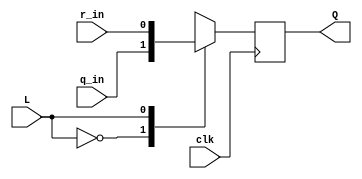
module top_module (
	input clk,
	input L,
	input r_in,
	input q_in,
	output reg Q
);
	always @ (posedge clk)
		case (L)
			1'b0 : Q <= q_in;
			1'b1 : Q <= r_in;
		endcase

    // wire d;
    // assign d = L ? r_in : q_in;
    // always @ (posedge clk)
    //     Q <= d;

endmodule